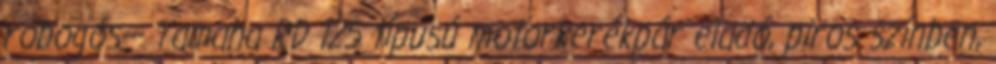
robogós--- Yamaha RD 125 típusú motorkerékpár eladó, piros színben,